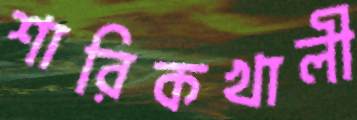
শারিকখালী